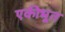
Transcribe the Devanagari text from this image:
एकीभूत